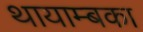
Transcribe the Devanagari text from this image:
थायाम्बका